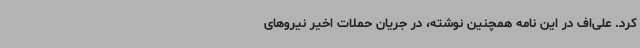
کرد. علی‌اف در این نامه همچنین نوشته، در جریان حملات اخیر نیروهای